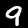
Digit: 9